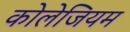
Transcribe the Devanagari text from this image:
कोलेजियम